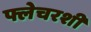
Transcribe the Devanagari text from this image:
फ्लेचरशी